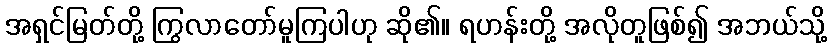
အရှင်မြတ်တို့ ကြွလာတော်မူကြပါဟု ဆို၏။ ရဟန်းတို့ အလိုတူဖြစ်၍ အဘယ်သို့